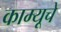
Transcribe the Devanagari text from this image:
काम्यूचे